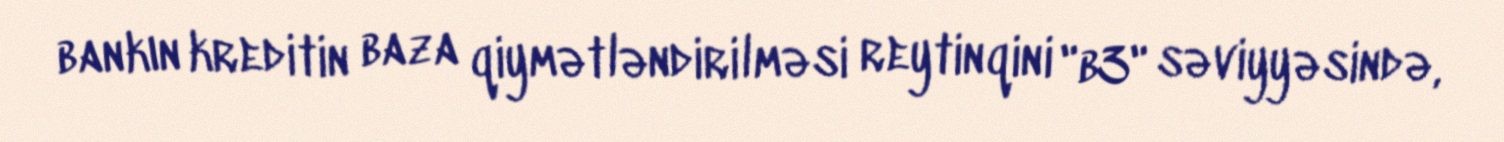
bankın kreditin baza qiymətləndirilməsi reytinqini "b3" səviyyəsində,